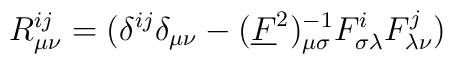
R^{ij}_{\mu \nu}=(\delta^{ij}\delta_{\mu \nu} -(\underline{F}^{2})^{-1}_{\mu\sigma} F^{i}_{\sigma \lambda} F^{j}_{\lambda \nu})